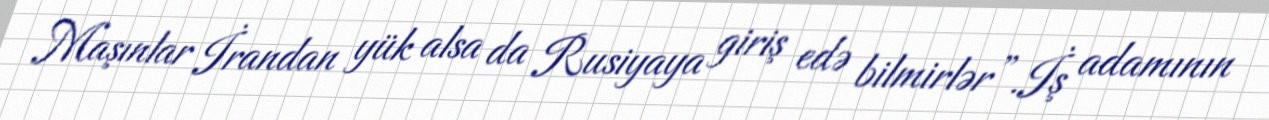
Maşınlar İrandan yük alsa da Rusiyaya giriş edə bilmirlər”.İş adamının